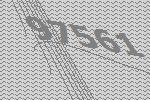
97561